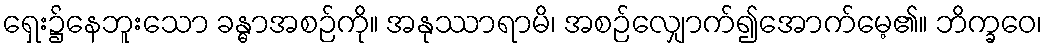
ရှေး၌နေဘူးသော ခန္ဓာအစဉ်ကို။ အနုဿာရာမိ၊ အစဉ်လျှောက်၍အောက်မေ့၏။ ဘိက္ခဝေ၊